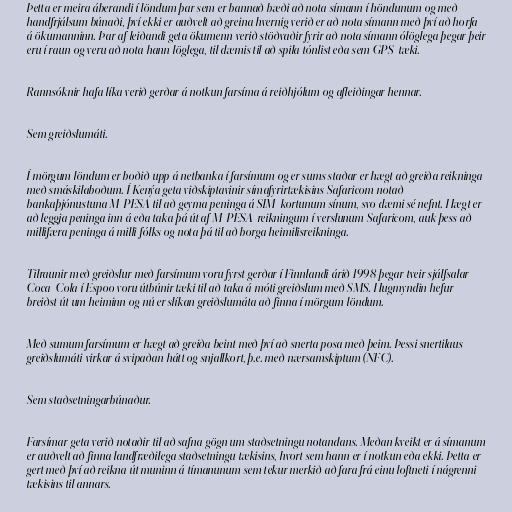
Þetta er meira áberandi í löndum þar sem er bannað bæði að nota símann í höndunum og með
handfrjálsum búnaði, því ekki er auðvelt að greina hvernig verið er að nota símann með því að horfa
á ökumanninn. Þar af leiðandi geta ökumenn verið stöðvaðir fyrir að nota símann ólöglega þegar þeir
eru í raun og veru að nota hann löglega, til dæmis til að spila tónlist eða sem GPS-tæki.

Rannsóknir hafa líka verið gerðar á notkun farsíma á reiðhjólum og afleiðingar hennar.

Sem greiðslumáti.

Í mörgum löndum er boðið upp á netbanka í farsímum og er sums staðar er hægt að greiða reikninga
með smáskilaboðum. Í Kenýa geta viðskiptavinir símafyrirtækisins Safaricom notað
bankaþjónustuna M-PESA til að geyma peninga á SIM-kortunum sínum, svo dæmi sé nefnt. Hægt er
að leggja peninga inn á eða taka þá út af M-PESA-reikningum í verslunum Safaricom, auk þess að
millifæra peninga á milli fólks og nota þá til að borga heimilisreikninga.

Tilraunir með greiðslur með farsímum voru fyrst gerðar í Finnlandi árið 1998 þegar tveir sjálfsalar
Coca-Cola í Espoo voru útbúnir tæki til að taka á móti greiðslum með SMS. Hugmyndin hefur
breiðst út um heiminn og nú er slíkan greiðslumáta að finna í mörgum löndum.

Með sumum farsímum er hægt að greiða beint með því að snerta posa með þeim. Þessi snertilaus
greiðslumáti virkar á svipaðan hátt og snjallkort, þ.e. með nærsamskiptum (NFC).

Sem staðsetningarbúnaður.

Farsímar geta verið notaðir til að safna gögn um staðsetningu notandans. Meðan kveikt er á símanum
er auðvelt að finna landfræðilega staðsetningu tækisins, hvort sem hann er í notkun eða ekki. Þetta er
gert með því að reikna út muninn á tímanunum sem tekur merkið að fara frá einu loftneti í nágrenni
tækisins til annars.